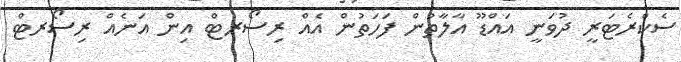
ސެކްރެޓަރީ ދުވަނީ އައްޑޫ އާލާތުން ފަހަތުން އެއް ރިސޯރޓް އިން އަނެއް ރިސޯރޓް